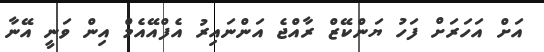
އަށް އަހަރަށް ފަހު ޔަންކޭޒް ރާއްޖެ އަންނައިރު އެފްއޭއެމް އިން ވަނީ އޭނާ